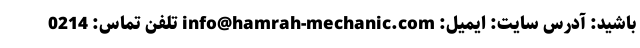
باشید: آدرس سایت: ایمیل: info@hamrah-mechanic.com تلفن تماس: 0214